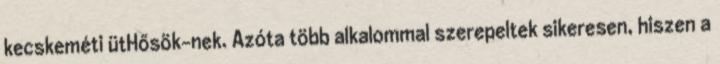
kecskeméti ütHősök-nek. Azóta több alkalommal szerepeltek sikeresen, hiszen a